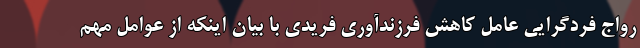
رواج فردگرایی عامل کاهش فرزندآوری فریدی با بیان اینکه از عوامل مهم